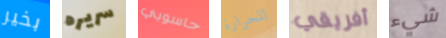
بخير سريره حاسوبي للحرارة أفريقي شيء